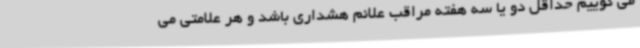
می گوییم حداقل دو یا سه هفته مراقب علائم هشداری باشد و هر علامتی می